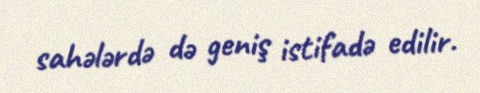
sahələrdə də geniş istifadə edilir.